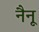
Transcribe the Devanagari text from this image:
नैनू